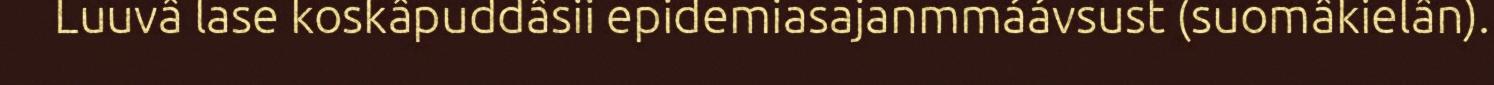
Luuvâ lase koskâpuddâsii epidemiasajanmmáávsust (suomâkielân).